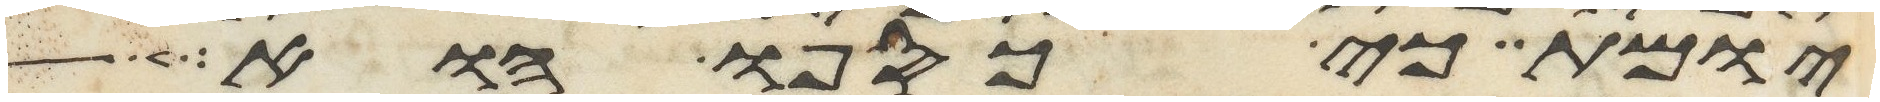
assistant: יומת כי כספו הוא